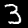
Digit: 3